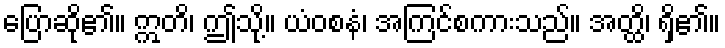
ပြောဆို၏။ ဣတိ၊ ဤသို့။ ယံဝစနံ၊ အကြင်စကားသည်။ အတ္ထိ၊ ရှိ၏။